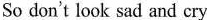
So don't look sad and cry